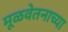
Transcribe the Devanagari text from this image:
मूळवेतनाच्या